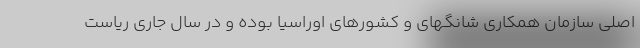
اصلی سازمان همکاری شانگهای و کشورهای اوراسیا بوده و در سال جاری ریاست